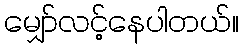
မျှော်လင့်နေပါတယ်။